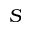
S